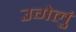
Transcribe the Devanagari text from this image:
उगेलुं